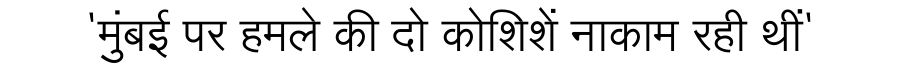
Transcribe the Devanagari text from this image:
'मुंबई पर हमले की दो कोशिशें नाकाम रही थीं'